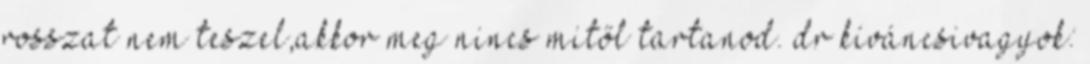
rosszat nem teszel,akkor meg nincs mitől tartanod. dr kíváncsivagyok: